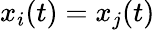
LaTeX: x_{i}(t)=x_{j}(t)